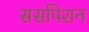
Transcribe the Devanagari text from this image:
ससपिशन